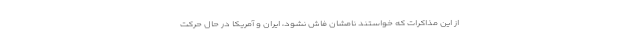
از این مذاکرات که خواستند نامشان فاش نشود، ایران و آمریکا در حال حرکت